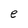
Character: e